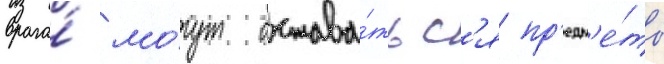
врага́ мо́гут остава́тьс'я пр'едм'е́ты